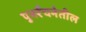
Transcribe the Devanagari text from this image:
पुनर्रचनेतील